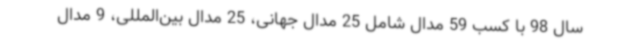
سال 98 با کسب 59 مدال شامل 25 مدال جهانی، 25 مدال بین‌المللی، 9 مدال